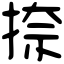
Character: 捺